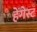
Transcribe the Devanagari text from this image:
हेंगेस्ट